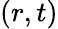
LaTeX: (r,t)